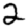
Digit: 2